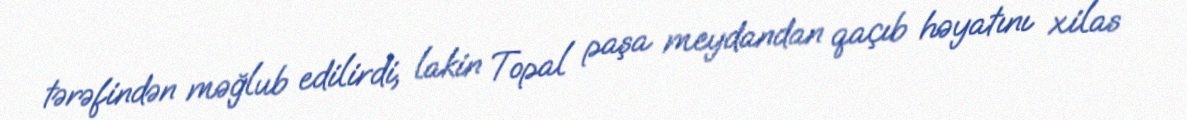
tərəfindən məğlub edilirdi, lakin Topal paşa meydandan qaçıb həyatını xilas